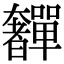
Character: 奲